Insane asylums in Bengal annual reports 1867-1875 - 1867-1875
Year: 1867
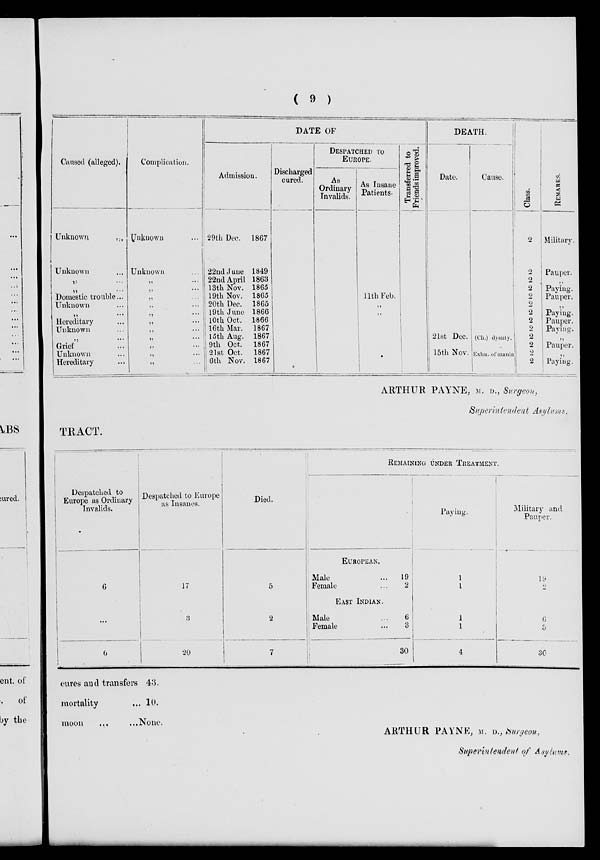
( 9 )
Caused (alleged).
Unknown
...
Unknown ...
Domestic trouble...
Unknown ...
Hereditary ...
Unknown ...
„
Grief ...
Unknown ...
Hereditary ...
Complication.
Unknown
Unknown
„ ...
„ ...
„ ...
„ ...
„ ...
„ ...
„ ...
„ ...
„ ...
„ ...
DATE OF
Admission.
29th Dec. 1867
22nd June 1849
22nd April 1863
13th Nov. 1865
19th Nov. 1865
20th Dec. 1865
19th June 1866
10th Oct. 1866
16th Mar. 1867
15th Aug. 1867
9th Oct. 1867
21st Oct. 1867
6th Nov. 1867
Discharged
cured.
DESPATCHED TO
EUROPE.
As
Ordinary
Invalids.
As Insane
Patients.
11th Feb.
Transferred to
Friends improved.
DEATH.
Date.
21st Dec.
15th Nov.
Cause.
(Ch.) dysnty.
Exhn. of mania
Class.
2
2
2
2
2
2
2
2
2
2
2
2
2
REMARKS.
Military.
Pauper.
„
Paying.
Pauper.
„
Paying.
Pauper.
Paying.
„
Pauper.
„
Paying.
ARTHUR PAYNE, M.D., Surgeon,
Superintendent Asylums.
TRACT.
Despatched to
Europe as Ordinary
Invalids.
6
...
6
Despatched to Europe
as Insanes.
17
3
20
Died.
5
2
7
REMAINING UNDER TREATMENT.
EUROPEAN.
Male
...
19
Female
...
2
EAST INDIAN.
Male
...
6
Female
...
3
30
Paying.
1
1
1
1
4
Military and
Pauper.
19
2
6
3
30
cures and transfers 43.
mortality
... 10.
moon
...
... None.
ARTHUR PAYNE, M.D., Surgeon,
Superintendent of Asylums.